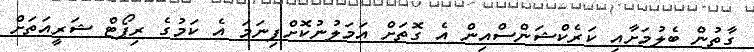
ގާތުން ބެލުމަށާއި ކަރެކްޝަންސްއިން އެ ގޮތަށް އަމަލުނުކޮށްފިނަމަ އެ ކަމުގެ ރިޕޯޓް ޝަރީއަތަށް